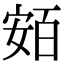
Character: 𡩛